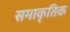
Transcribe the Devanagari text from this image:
समाकृतिक